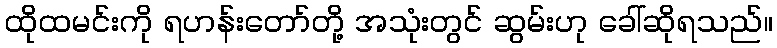
ထိုထမင်းကို ရဟန်းတော်တို့ အသုံးတွင် ဆွမ်းဟု ခေါ်ဆိုရသည်။